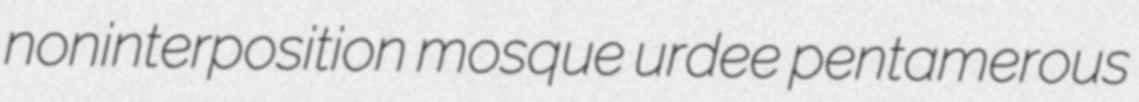
noninterposition mosque urdee pentamerous